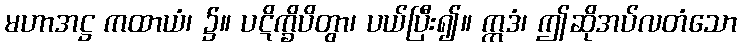
မဟာအဋ္ဌ ကထာယံ၊ ၌။ ပဋိက္ခိပိတွာ၊ ပယ်ပြီး၍။ ဣဒံ၊ ဤဆိုအပ်လတံသော